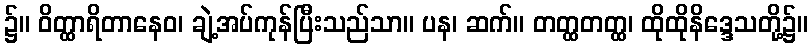
၌။ ဝိတ္ထာရိတာနေဝ၊ ချဲ့အပ်ကုန်ပြီးသည်သာ။ ပန၊ ဆက်။ တတ္ထတတ္ထ၊ ထိုထိုနိဒ္ဒေသတို့၌။